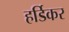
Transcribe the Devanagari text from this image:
हर्डिकर